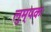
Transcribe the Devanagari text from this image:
लुम्पकः